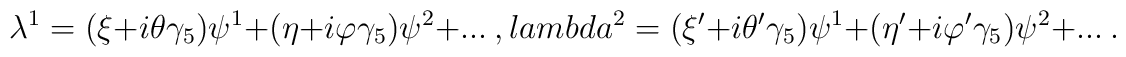
\lambda^1 = (\xi + i \theta \gamma_5) \psi^1 + (\eta + i \varphi \gamma_5) \psi^2 + ...\ , \\lambda^2 = (\xi' + i \theta' \gamma_5) \psi^1 + (\eta' + i \varphi' \gamma_5) \psi^2 + ...\ .